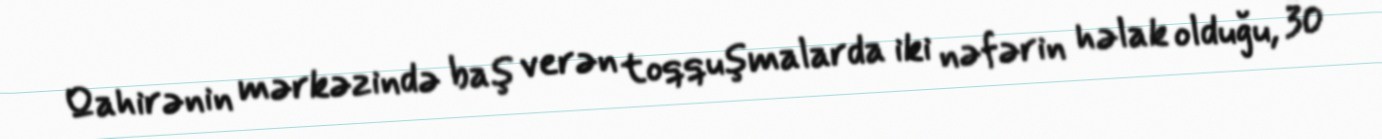
Qahirənin mərkəzində baş verən toqquşmalarda iki nəfərin həlak olduğu, 30